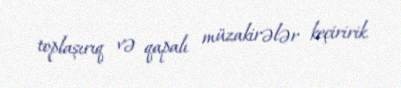
toplaşırıq və qapalı müzakirələr keçiririk.